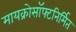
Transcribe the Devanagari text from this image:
मायक्रोसॉफ्टनिर्मित